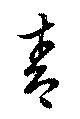
靑